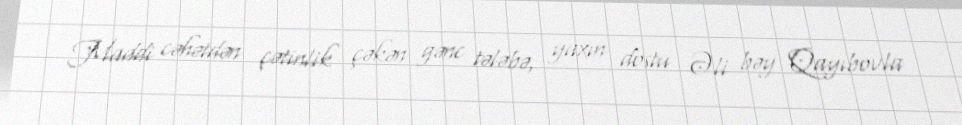
Maddi cəhətdən çətinlik çəkən gənc tələbə, yaxın dostu Əli bəy Qayıbovla